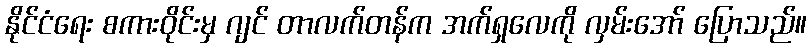
နိုင်ငံရေး စကားဝိုင်းမှ ဂျင် တာလက်တန်က အက်ရှလေကို လှမ်းအော် ပြောသည်။